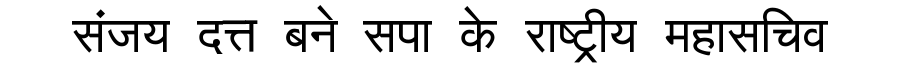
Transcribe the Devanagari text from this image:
संजय दत्त बने सपा के राष्ट्रीय महासचिव